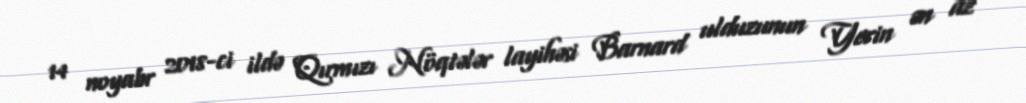
14 noyabr 2018-ci ildə Qırmızı Nöqtələr layihəsi Barnard ulduzunun Yerin ən az